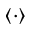
\langle \cdot \rangle